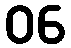
06